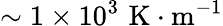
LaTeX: \sim 1\times 10^{3}\, \, \mathrm{K}\cdot\mathrm{m}^{-1}